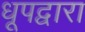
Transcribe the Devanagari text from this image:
धूपद्वारा